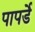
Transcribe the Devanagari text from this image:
पापर्डे